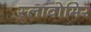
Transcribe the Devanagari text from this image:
स्लावोमिर